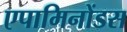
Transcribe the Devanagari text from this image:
एपामिनोंडस